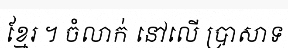
ខ្មែរ ។ ចំលាក់ នៅលើ ប្រាសាទ